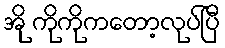
အို ကိုကိုကတော့လုပ်ပြီ